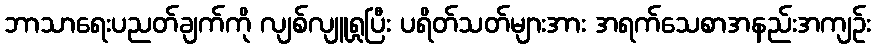
ဘာသာရေးပညတ်ချက်ကို လျစ်လျူရှုပြီး ပရိတ်သတ်များအား အရက်သေစာအနည်းအကျဉ်း